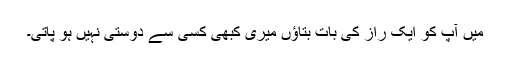
میں آپ کو ایک راز کی بات بتاؤں میری کبھی کسی سے دوستی نہیں ہو پاتی۔